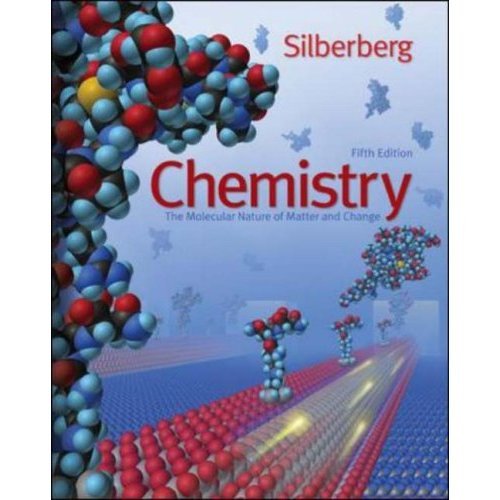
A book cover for Chemistry: The Molecular Nature of Matter and Change; Martin S. Silberberg; Science & Math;